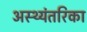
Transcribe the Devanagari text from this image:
अस्थ्यंतरिका